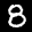
Label: 8